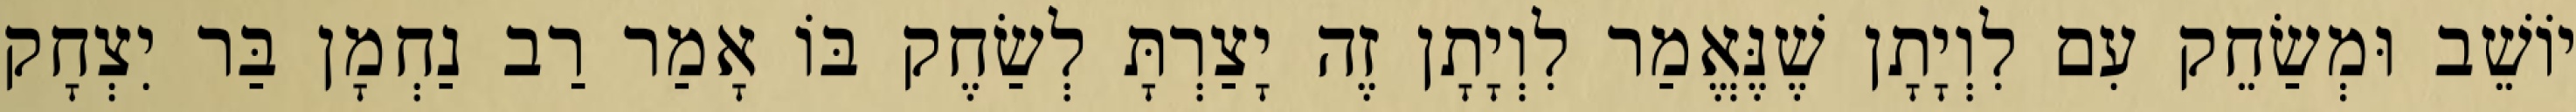
יוֹשֵׁב וּמְשַׂחֵק עִם לִוְיָתָן שֶׁנֶּאֱמַר לִוְיָתָן זֶה יָצַרְתָּ לְשַׂחֶק בּוֹ אָמַר רַב נַחְמָן בַּר יִצְחָק